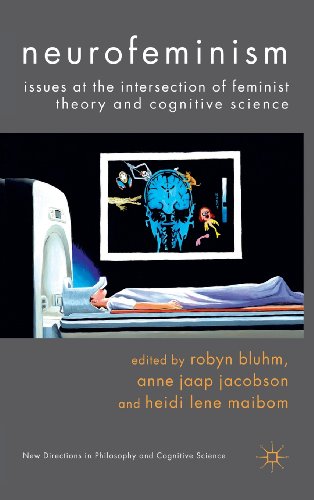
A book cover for Neurofeminism: Issues at the Intersection of Feminist Theory and Cognitive Science (New Directions in Philosophy and Cognitive Science); Gay & Lesbian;